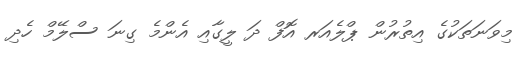
މިވަނަތަކުގެ އިތުރުން ޕްލެއަރ އޮފް ދަ ލީގާއި އެންމެ ގިނަ ސްލޭމް ހެދި